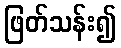
ဖြတ်သန်း၍